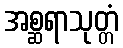
အစ္ဆရာသုတ္တံ